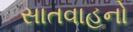
સાતવાહનો